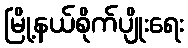
မြို့နယ်စိုက်ပျိုးရေး